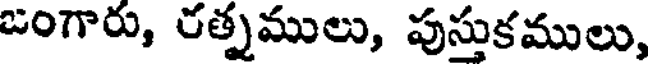
జంగారు, రత్నములు, పుస్తుకములు,